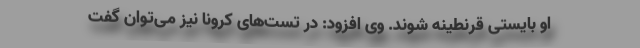
او بایستی قرنطینه شوند. وی افزود: در تست‌های کرونا نیز می‌توان گفت